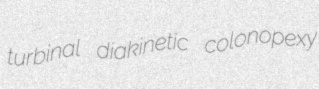
turbinal diakinetic colonopexy